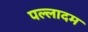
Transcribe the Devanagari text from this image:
पल्लादम